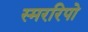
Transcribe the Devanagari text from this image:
स्मररिपो